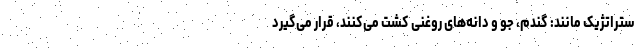
ستراتژیک مانند: گندم، جو و دانه‌های روغنی کشت می‌کنند، قرار می‌گیرد